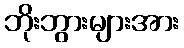
ဘိုးဘွားများအား